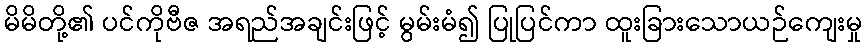
မိမိတို့၏ ပင်ကိုဗီဇ အရည်အချင်းဖြင့် မွမ်းမံ၍ ပြုပြင်ကာ ထူးခြားသောယဉ်ကျေးမှု